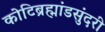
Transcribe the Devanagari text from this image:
कोटिब्रह्मांडसुंदरी